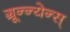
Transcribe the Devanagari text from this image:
ग्रून्न्येन्स्